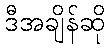
ဒီအချိန်ဆို